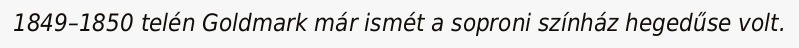
1849–1850 telén Goldmark már ismét a soproni színház hegedűse volt.